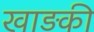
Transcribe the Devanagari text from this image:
खाड़की